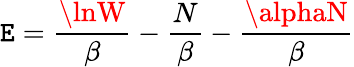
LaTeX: \mathtt{E}={\frac{{\lnW}}{{\beta}}}-{\frac{{N}}{{\beta}}}-{\frac{{\alphaN}}{{\beta}}}